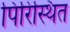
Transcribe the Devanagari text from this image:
पिरिस्थित